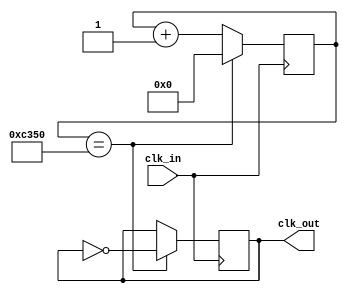
module clock_divider 
#(parameter INIT=0)
(
  input clk_in,
  output reg clk_out = 0
);

parameter SIZE = 16; // Aumentamos SIZE para manejar 100 Hz
parameter LIMIT = 16'd50000; // Establecemos LIMIT para 100 Hz

reg [SIZE-1:0] count = INIT;

always @(posedge clk_in)
begin
  if (count == LIMIT)
  begin
    count <= 0;
    clk_out <= ~clk_out;
  end
  else
  begin
    count <= count + 1;
  end
end

endmodule